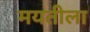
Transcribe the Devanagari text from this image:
मयतीला